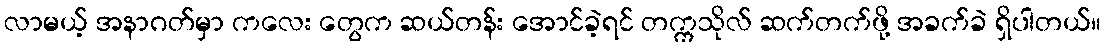
လာမယ့် အနာဂတ်မှာ ကလေး တွေက ဆယ်တန်း အောင်ခဲ့ရင် တက္ကသိုလ် ဆက်တက်ဖို့ အခက်ခဲ ရှိပါတယ်။